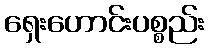
ရှေးဟောင်းပစ္စည်း